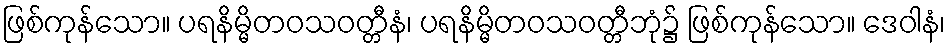
ဖြစ်ကုန်သော။ ပရနိမ္မိတဝသဝတ္တီနံ၊ ပရနိမ္မိတဝသဝတ္တီဘုံ၌ ဖြစ်ကုန်သော။ ဒေဝါနံ၊